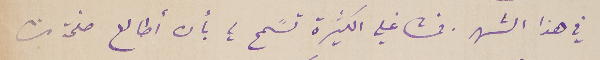
في هذا الشهر. فمشاغلي الكثيرة تسًمح لي بأن أطالع صفحة من